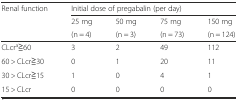
<table><thead><tr><td><b>Renal function</b></td><td colspan="4"><b>Initial dose of pregabalin (per day)</b></td></tr><tr><td></td><td><b>25 mg</b></td><td><b>50 mg</b></td><td><b>75 mg</b></td><td><b>150 mg</b></td></tr><tr><td></td><td><b>(n = 4)</b></td><td><b>(n = 3)</b></td><td><b>(n = 73)</b></td><td><b>(n = 124)</b></td></tr></thead><tbody><tr><td>CLcr<sup>a</sup>≧60</td><td>3</td><td>2</td><td>49</td><td>112</td></tr><tr><td>60 &gt; CLcr≧30</td><td>0</td><td>1</td><td>20</td><td>11</td></tr><tr><td>30 &gt; CLcr≧15</td><td>1</td><td>0</td><td>4</td><td>1</td></tr><tr><td>15 &gt; CLcr</td><td>0</td><td>0</td><td>0</td><td>0</td></tr></tbody></table>